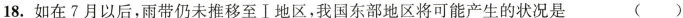
18.如在7月以后，雨带仍未推移至Ⅰ地区，我国东部地区将可能产生的状况是 ( )